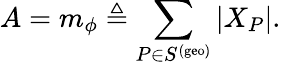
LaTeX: A=m_{\phi}\triangleq\sum_{P\in S^{\mathrm{(geo)}}}|X_{P}|.